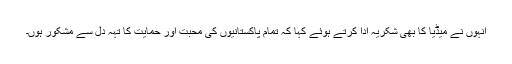
انہوں نے میڈیا کا بھی شکریہ ادا کرتے ہوئے کہا کہ تمام پاکستانیوں کی محبت اور حمایت کا تہہ دل سے مشکور ہوں۔